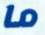
ما